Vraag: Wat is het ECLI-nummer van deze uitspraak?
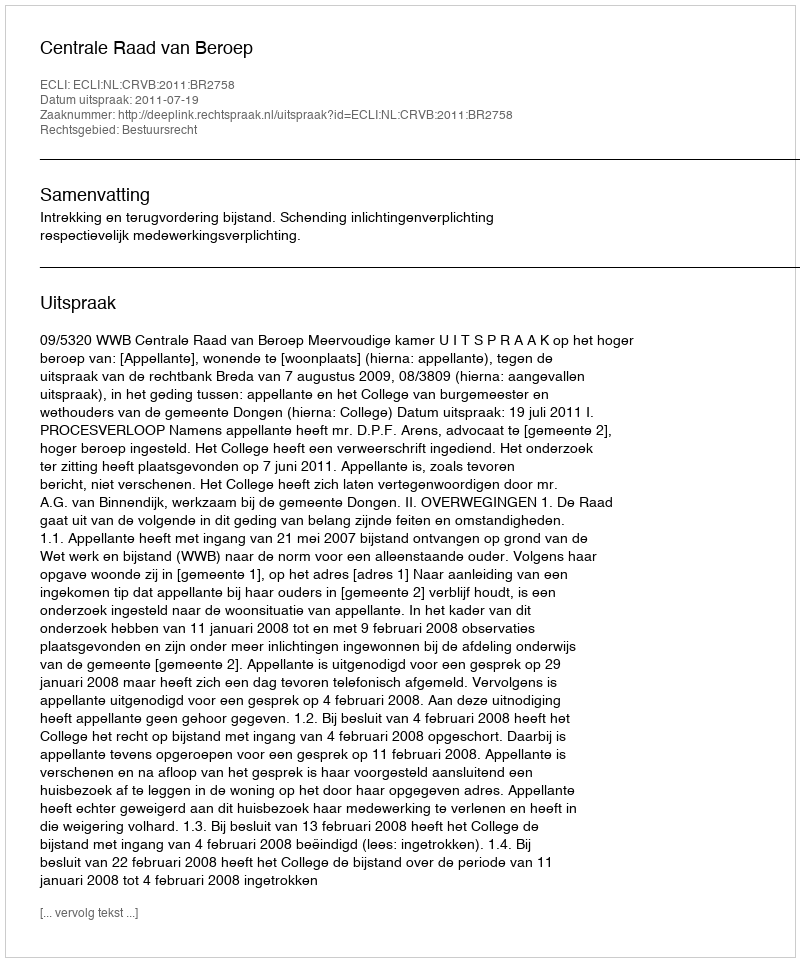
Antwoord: ECLI:NL:CRVB:2011:BR2758